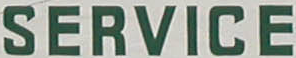
SERVICE